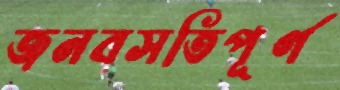
জনবসতিপূর্ণ